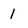
Character: 1